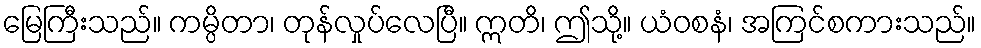
မြေကြီးသည်။ ကမ္ပိတာ၊ တုန်လှုပ်လေပြီ။ ဣတိ၊ ဤသို့။ ယံဝစနံ၊ အကြင်စကားသည်။